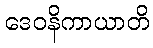
ဒေဝနိကာယာတိ